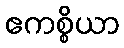
ဧကစ္စိယာ